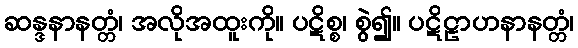
ဆန္ဒနာနတ္တံ၊ အလိုအထူးကို။ ပဋိစ္စ၊ စွဲ၍။ ပဋိဠာဟနာနတ္တံ၊